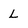
Character: l